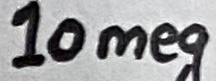
Text: 10meg